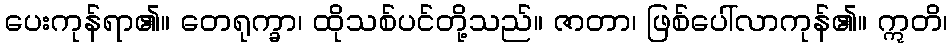
ပေးကုန်ရာ၏။ တေရုက္ခာ၊ ထိုသစ်ပင်တို့သည်။ ဇာတာ၊ ဖြစ်ပေါ်လာကုန်၏။ ဣတိ၊